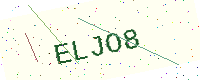
Text: ELJO8